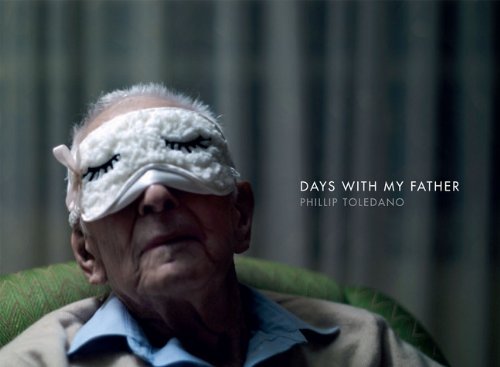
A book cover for Days with My Father; Phillip Toledano; Parenting & Relationships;